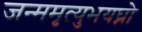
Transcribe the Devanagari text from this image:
जन्ममृत्युभयघ्नो